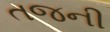
તજની